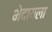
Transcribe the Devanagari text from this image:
भेदायला